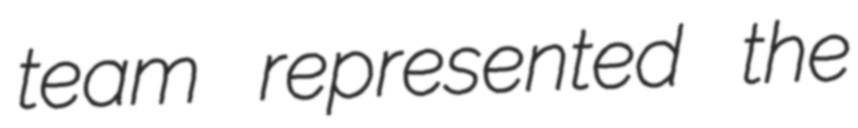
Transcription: team represented the